Subject: cs
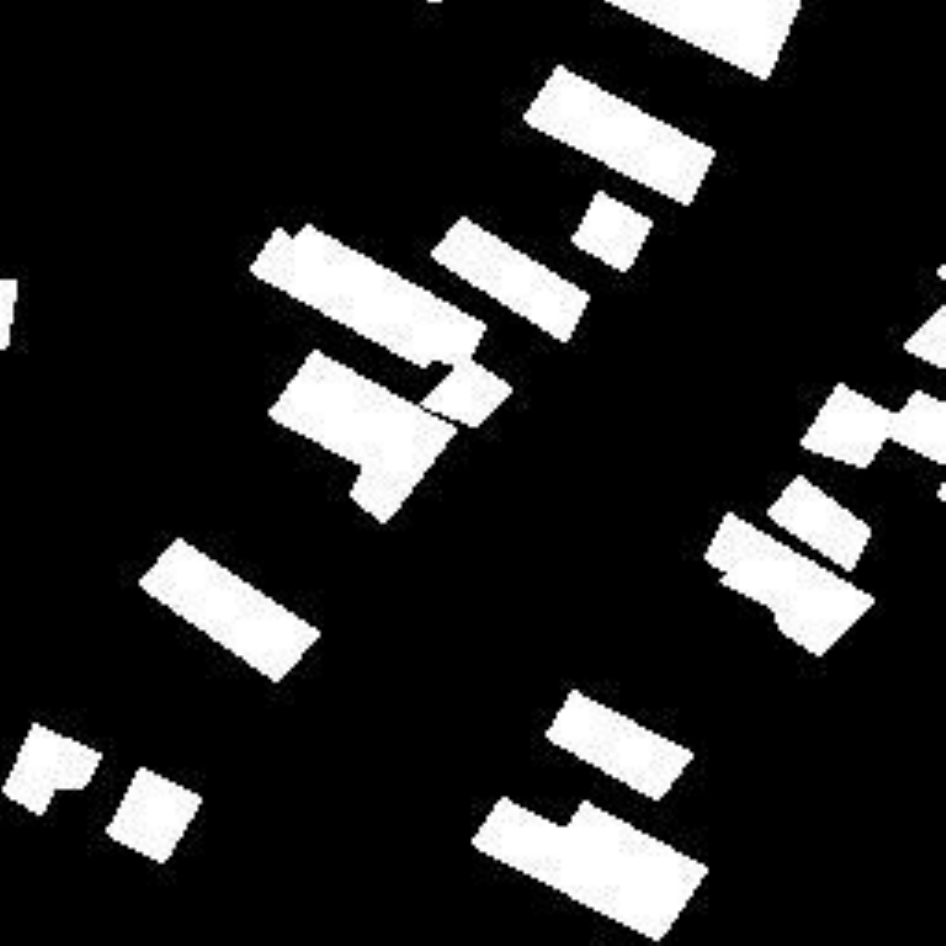
LaTeX code:
        \begin{tikzpicture}
            \node[anchor=south west,inner sep=0] at (0,0) {        \includegraphics[width=.99\textwidth]{6763_imgs_levir_changeformer_gt_1771.jpg}};
        \end{tikzpicture}